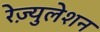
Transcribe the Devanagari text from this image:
रेज़्युलेशन